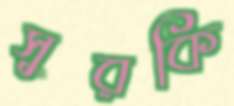
সুরকি